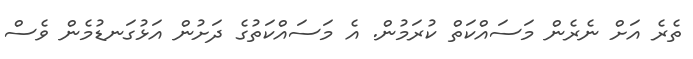
ތެެރެ އަށް ނެރެން މަސައްކަތް ކުރަމުން. އެ މަސައްކަތުގެ ދަށުން އަޅުގަނޑުމެން ވެސް